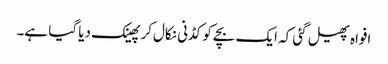
افواہ پھیل گئی کہ ایک بچےکو کڈنی نکال‌کر پھینک دیا گیا ہے۔